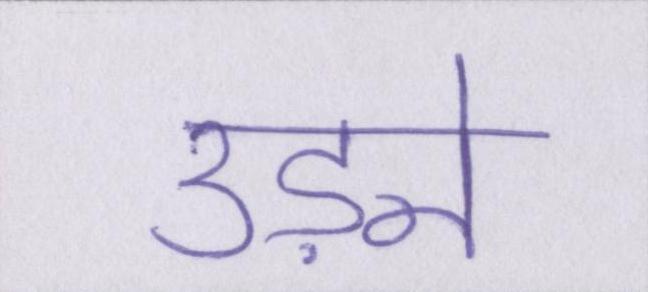
उड़ने